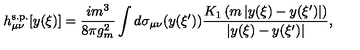
h _ { \mu \nu } ^ { \mathrm { s . p . } } [ y ( \xi ) ] = \frac { i m ^ { 3 } } { 8 \pi g _ { m } ^ { 2 } } \int d \sigma _ { \mu \nu } ( y ( \xi ^ { \prime } ) ) \frac { K _ { 1 } \left( m \left| y ( \xi ) - y ( \xi ^ { \prime } ) \right| \right) } { \left| y ( \xi ) - y ( \xi ^ { \prime } ) \right| } ,